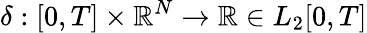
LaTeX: \mathbf{\delta}:[0,T]\times\mathbb{R}^{N}\rightarrow\mathbb{R}\in L_{2}[0,T]